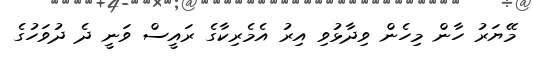
މޭޔަރު ހާން މިހެން ވިދާޅުވި އިރު އެމެރިކާގެ ރައީސް ވަނީ ދެ ދުވަހުގެ